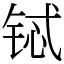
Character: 铽